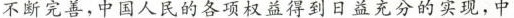
不断完善，中国人民的各项权益得到日益充分的实现，中